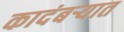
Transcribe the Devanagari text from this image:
कादंबऱ्यात